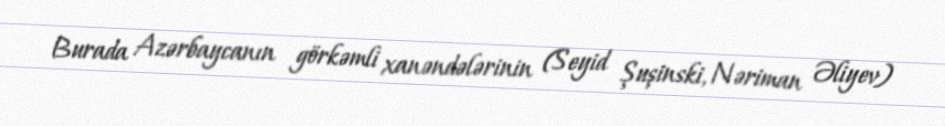
Burada Azərbaycanın görkəmli xanəndələrinin (Seyid Şuşinski, Nəriman Əliyev)